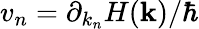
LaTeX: v_{n}=\partial_{k_{n}}H(\mathbf{k})/\hbar